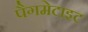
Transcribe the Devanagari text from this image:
पैगमेटाइट